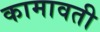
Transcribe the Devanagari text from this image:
कामावती